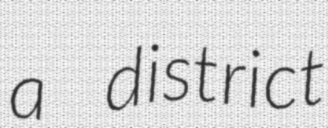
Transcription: a district